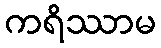
ကရိဿာမ